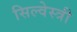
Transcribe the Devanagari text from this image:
सिल्वेस्त्री